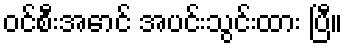
ဝင်စီးအောင် အပင်းသွင်းထား ပြီ။